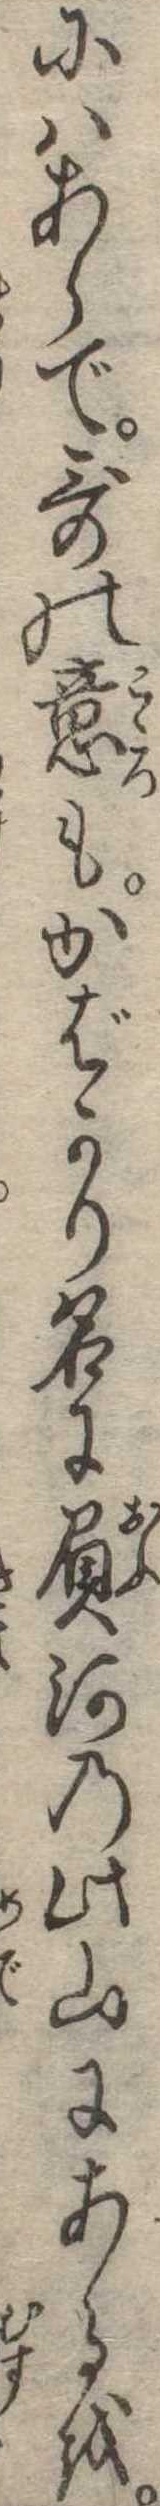
にはあらで歌の意もかばかり名に負河の此山にあるを